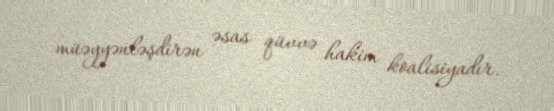
müəyyənləşdirən əsas qüvvə hakim koalisiyadır.